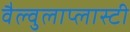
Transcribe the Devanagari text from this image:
वैल्वुलाप्लास्टी